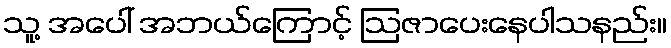
သူ့ အပေါ် အဘယ်ကြောင့် ဩဇာပေးနေပါသနည်း။